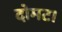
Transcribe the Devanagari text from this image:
दोमट।